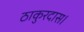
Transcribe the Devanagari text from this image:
ठाकुरदास।